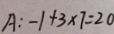
A : - 1 + 3 \times 7 = 2 0